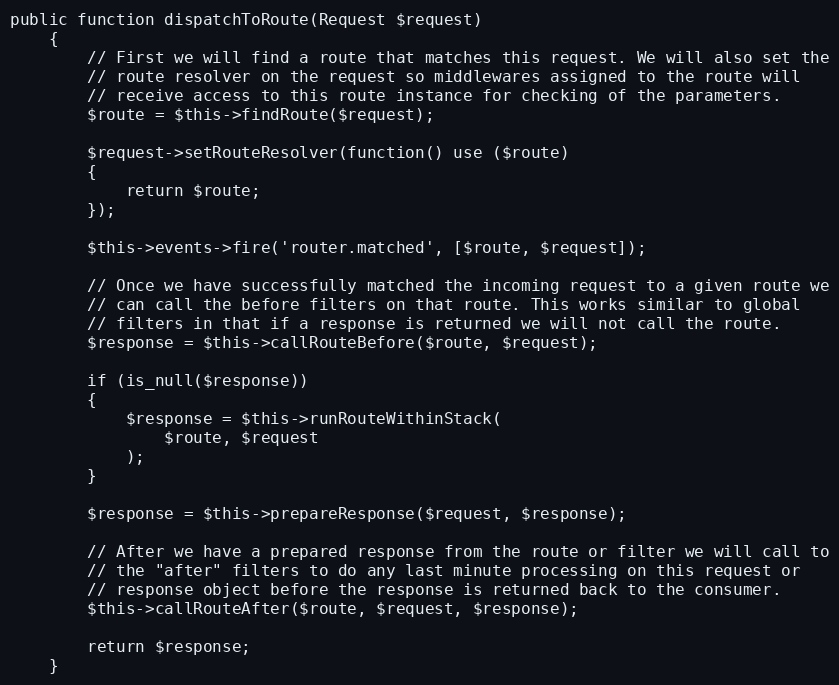
Language: PHP
public function dispatchToRoute(Request $request)
	{
		// First we will find a route that matches this request. We will also set the
		// route resolver on the request so middlewares assigned to the route will
		// receive access to this route instance for checking of the parameters.
		$route = $this->findRoute($request);

		$request->setRouteResolver(function() use ($route)
		{
			return $route;
		});

		$this->events->fire('router.matched', [$route, $request]);

		// Once we have successfully matched the incoming request to a given route we
		// can call the before filters on that route. This works similar to global
		// filters in that if a response is returned we will not call the route.
		$response = $this->callRouteBefore($route, $request);

		if (is_null($response))
		{
			$response = $this->runRouteWithinStack(
				$route, $request
			);
		}

		$response = $this->prepareResponse($request, $response);

		// After we have a prepared response from the route or filter we will call to
		// the "after" filters to do any last minute processing on this request or
		// response object before the response is returned back to the consumer.
		$this->callRouteAfter($route, $request, $response);

		return $response;
	}